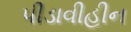
પીડાવીહીન